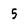
Character: 5